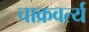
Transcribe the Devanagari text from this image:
चाक्रवर्त्य